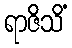
ရာဇိသိံ